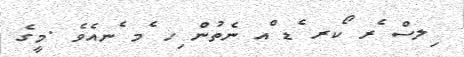
ިލސް ެރ ޯކރ ެޑ ްއ ނެތުން ިހ ެމ ެނއެވެ .މީގެ